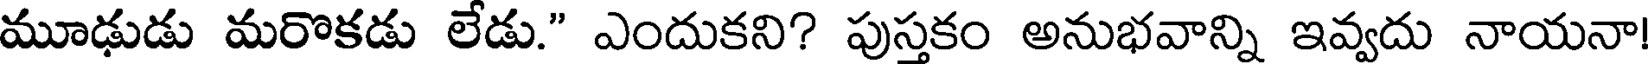
మూఢుడు మరొకడు లేడు." ఎందుకని? పుస్తకం అనుభవాన్ని ఇవ్వదు నాయనా